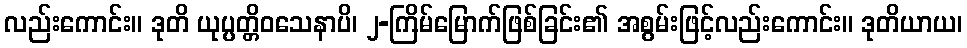
လည်းကောင်း။ ဒုတိ ယုပ္ပတ္တိဝသေနာပိ၊ ၂-ကြိမ်မြောက်ဖြစ်ခြင်း၏ အစွမ်းဖြင့်လည်းကောင်း။ ဒုတိယာယ၊